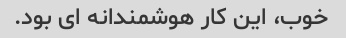
خوب، این کار هوشمندانه ای بود.